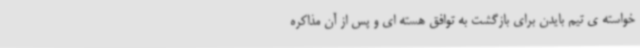
خواسته ی تیم بایدن برای بازگشت به توافق هسته ای و پس از آن مذاکره